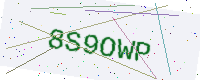
Text: 8S9OWP